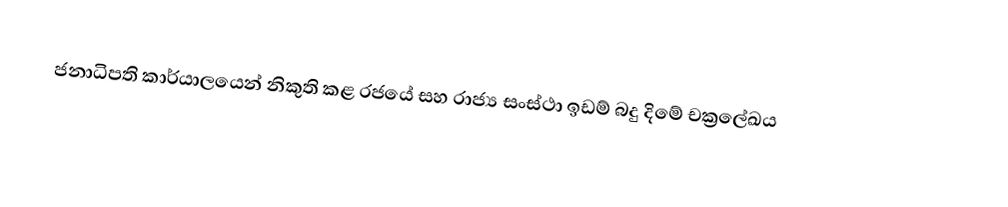
ජනාධිපති කාර්යාලයෙන් නිකුති කළ රජයේ සහ රාජ්‍ය සංස්ථා ඉඩම් බදු දිමේ චක්‍රලේඛය